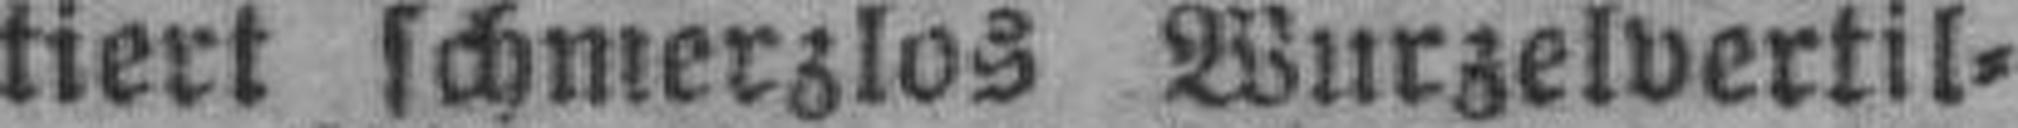
tiert schmerzlos Wurzelvertil¬